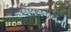
અજબગજબની